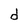
Character: d